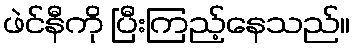
ဖဲင်နီကို ပြီးကြည့်နေသည်။